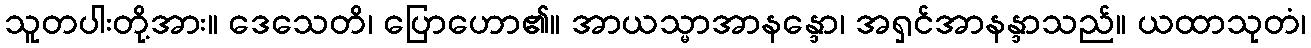
သူတပါးတို့အား။ ဒေသေတိ၊ ပြောဟော၏။ အာယသ္မာအာနန္ဒော၊ အရှင်အာနန္ဒာသည်။ ယထာသုတံ၊